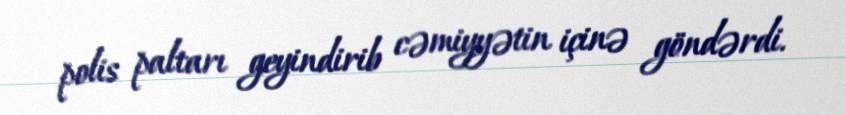
polis paltarı geyindirib cəmiyyətin içinə göndərdi.